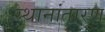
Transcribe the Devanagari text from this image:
स्थानांतारण